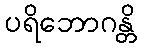
ပရိဘောဂန္တိ